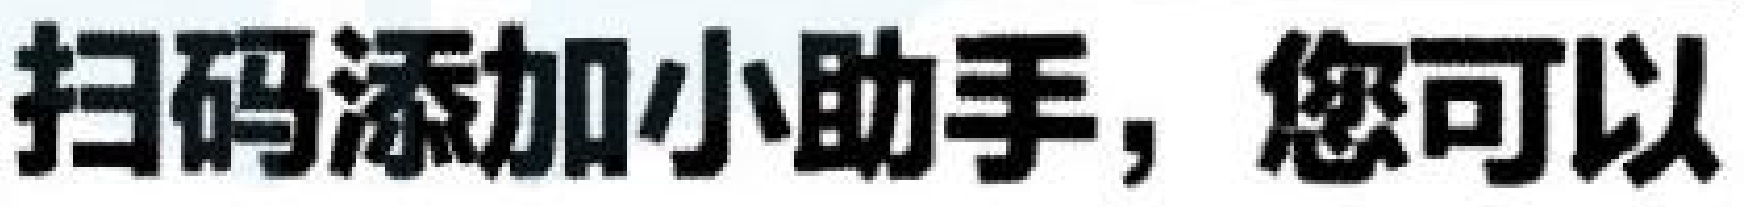
扫码添加小助手，您可以